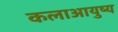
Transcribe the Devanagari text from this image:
कलाआयुष्य